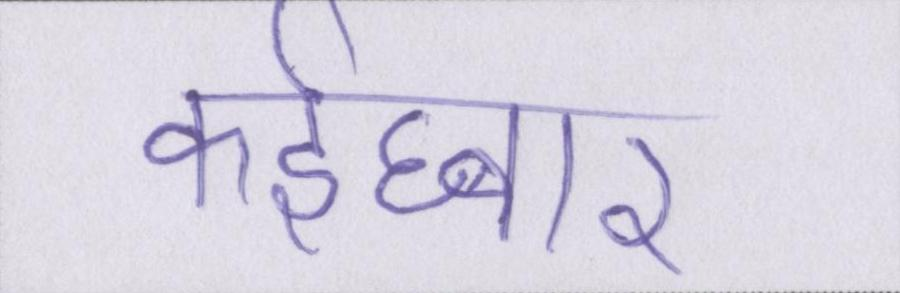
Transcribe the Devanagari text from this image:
कईघ्बार